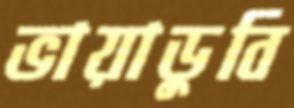
ভায়াডুবি